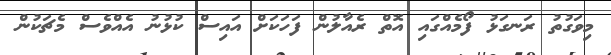
މިވަގުތު ރަނގަޅު ފޯމެއްގައި އޮތް ރެއާލުން ފަހަކަށް އައިސް ކުޅުނު އެއްވެސް މެޗަކުން